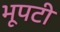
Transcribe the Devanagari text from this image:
भूपटी